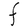
Character: F